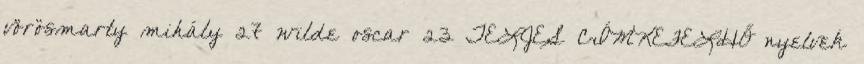
vörösmarty mihály 27 wilde oscar 23 TELJES CÍMKEFELHŐ nyelvek